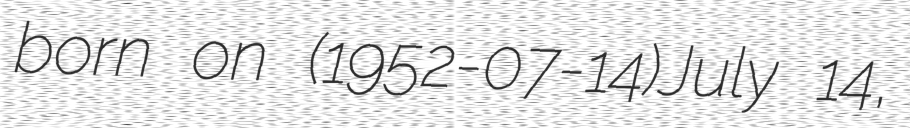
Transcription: born on (1952-07-14)July 14,